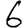
Digit: 6